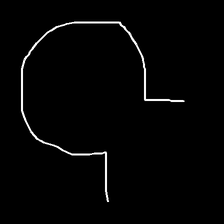
Glyph: weave